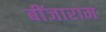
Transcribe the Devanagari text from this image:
बींजाराम